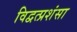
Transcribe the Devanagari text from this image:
विद्वत्प्रशंसा